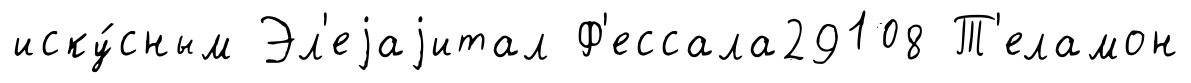
иску́сным Эл'еjаjитал Ф'ессала29108 Т'еламон